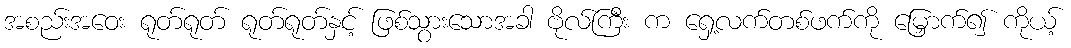
အစည်းအဝေး ရုတ်ရုတ် ရုတ်ရုတ်နှင့် ဖြစ်သွားသောအခါ ဗိုလ်ကြီး က ရှေ့လက်တစ်ဖက်ကို မြှောက်၍ ကိုယ့်